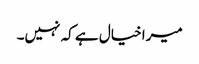
میرا خیال ہے کہ نہیں۔